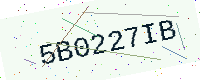
Text: 5B0227IB